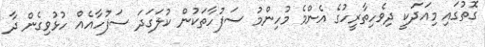
ގޮތުގައި މިއަދަކީ ދިވެހިތާރީހުގެ އެންމެ މުހިންމު ސަފުހާތަކުން ކުލަގަދަ ސަފުހާއެއް ހުޅުވިގެން ދާ